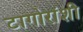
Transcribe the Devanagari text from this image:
टागोरांशी